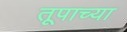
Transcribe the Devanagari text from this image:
तूपाच्या